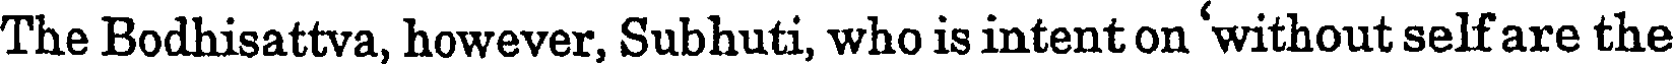
The Bodhisattva, however, Subhuti, who is intent on 'without self are the